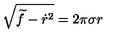
\sqrt { \widetilde f - \dot { r } ^ { 2 } } = 2 \pi \sigma r